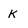
Character: k